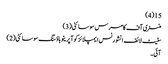
15(4)
منسٹری آف کامرس سوسائٹی(3)
سٹیٹ لائف انشورنس ایمپلائز کوآپریٹو ہاؤسنگ سوسائٹی(2)
آئی ۔